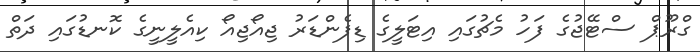
ގްރޫޕް ސްޓޭޖުގެ ފަހު މެޗުގައި އިޓަލީގެ ޑިފެންޑަރު ޖިއޯޖިއޯ ކިއެލީނީގެ ކޮނޑުގައި ދަތް